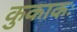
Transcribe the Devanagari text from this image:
कुकाकः